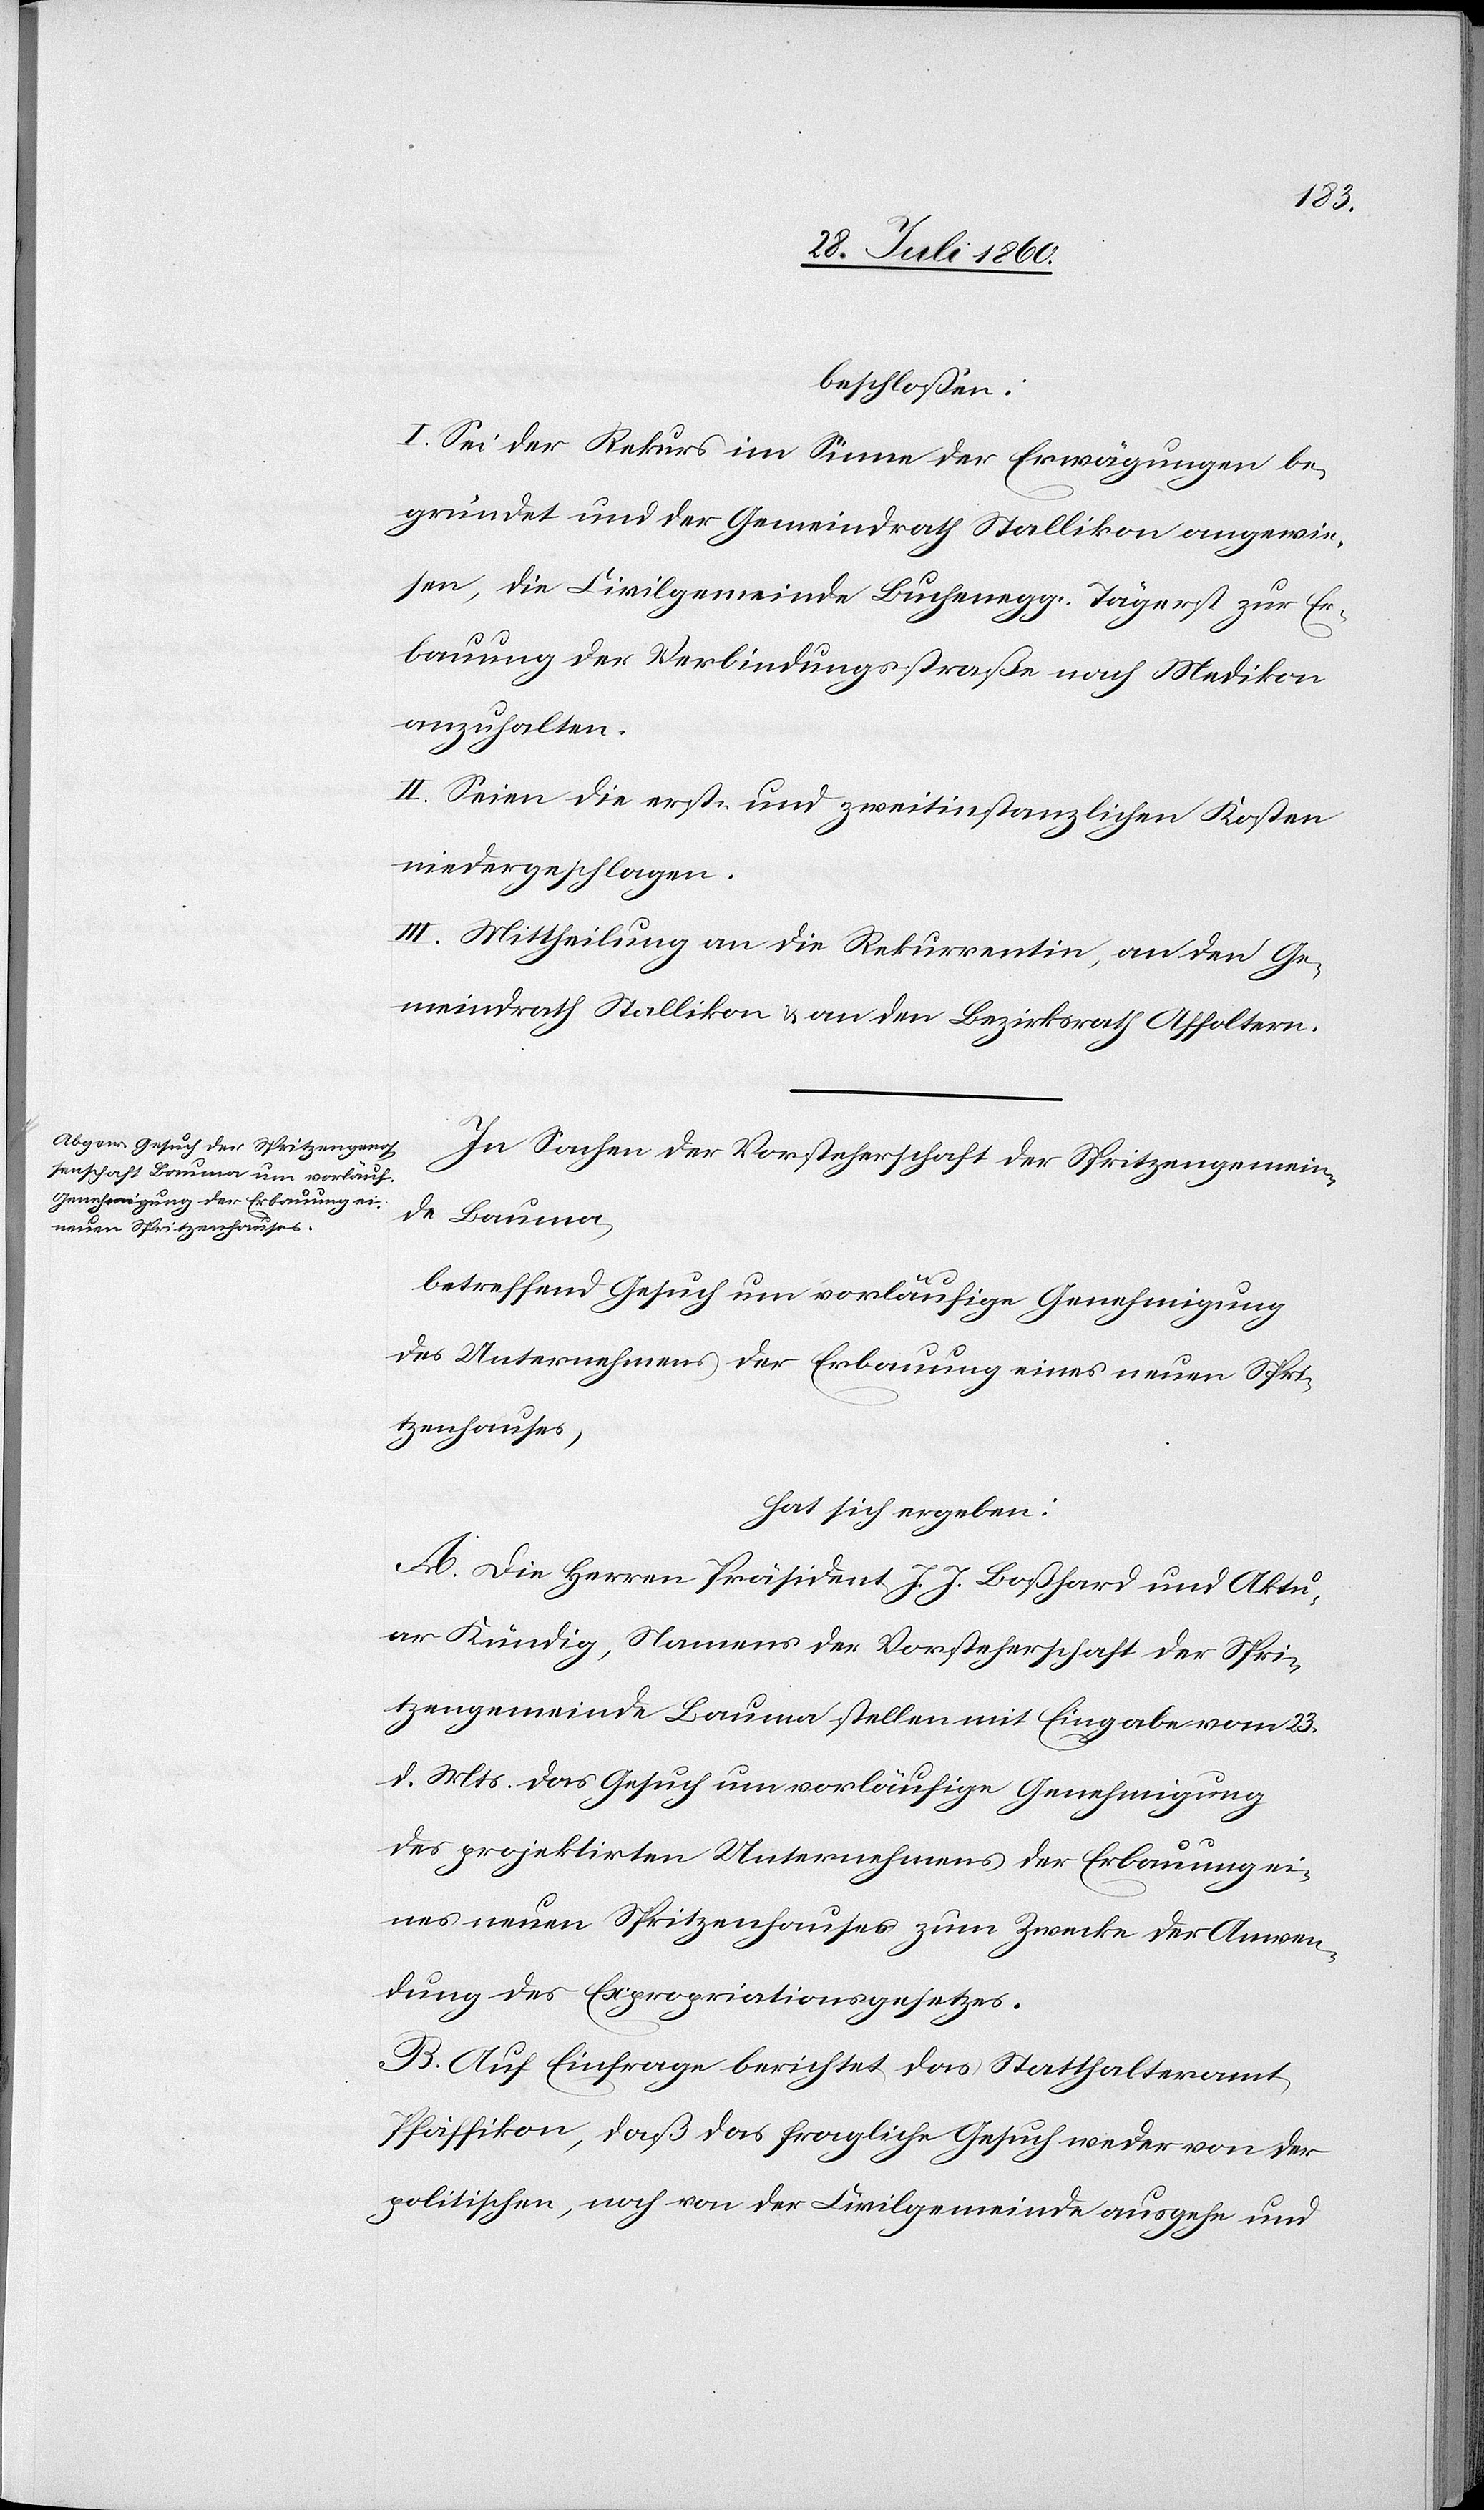
beschlossen:
I. Sei der Rekurs im Sinne der Erwägungen be¬
gründet und der Gemeindrath Stallikon angewie¬
sen, die Civilgemeinde Buchenegg-Tägerst zur Er¬
bauung der Verbindungsstraße nach Medikon
anzuhalten.
II. Seien die erst- u. zweitinstanzlichen Kosten
niedergeschlagen.
III. Mittheilung a) an die Rekurrentin, b) an den Ge¬
meindrath Stallikon; c) an den Bezirksrath Affoltern.
In Sachen der Vorsteherschaft der Spritzengemein¬
de Bauma
betreffend Gesuch um vorläufige Genehmigung
des Unternehmens der Erbauung eines neuen Spri¬
tzenhauses
hat sich ergeben:
A. Die Herren Präsident J. J. Bosshard u. Aktu¬
ar Kündig, Namens der Vorsteherschaft der Spri¬
tzengemeinde Bauma stellen mit Eingabe vom 23.
d. Mts. das Gesuch um vorläufige Genehmigung
des projektirten Unternehmens der Erbauung ei¬
nes neuen Spritzenhauses zum Zwecke der Anwen¬
dung des Expropriationsgesetzes;
B. Auf Einfrage berichtet das Statthalteramt
Pfäffikon, dass das fragliche Gesuch weder von der
politischen, noch von der Civilgemeinde ausgehe u.